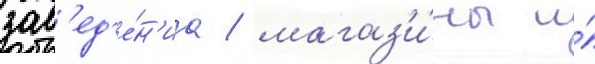
зав'ед'е́н'иа / магаз'и́ны и́